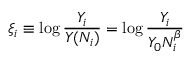
\xi _ { i } \equiv \log \frac { Y _ { i } } { Y ( N _ { i } ) } = \log \frac { Y _ { i } } { Y _ { 0 } N _ { i } ^ { \beta } }